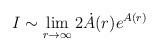
LaTeX: \begin{align*}I \sim \lim_{r \to \infty} 2 \dot{A}(r) e^{A(r)}\end{align*}